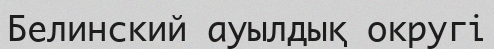
Белинский ауылдық округі